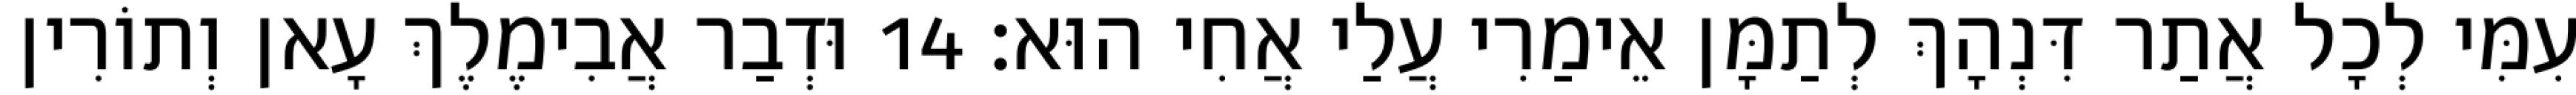
עִמִּי לְכָל אֲתַר דִּנְהָךְ לְתַמָּן אֵימַרִי עֲלַי אֲחִי הוּא׃ 14 וּדְבַר אֲבִימֶלֶךְ עָאן וְתוֹרִין